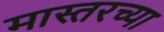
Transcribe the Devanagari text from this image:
मास्तरच्या